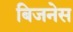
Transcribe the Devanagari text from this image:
बिजनेस